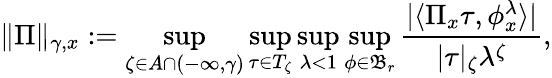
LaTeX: \| \Pi\| _{\gamma,x}:=\operatorname*{sup}_{\zeta\in A\cap(-\infty,\gamma)}\operatorname*{sup}_{\tau\in T_{\zeta}}\operatorname*{sup}_{\lambda<1}\operatorname*{sup}_{\phi\in\mathfrak{B}_{r}}\frac{|\langle\Pi_{x}\tau,\phi_{x}^{\lambda}\rangle|}{|\tau|_{\zeta}\lambda^{\zeta}},